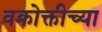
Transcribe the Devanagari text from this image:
वक्रोक्तीच्या